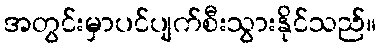
အတွင်းမှာပင်ပျက်စီးသွားနိုင်သည်။